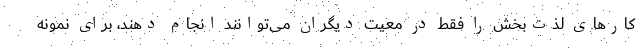
کار‌های لذت‌بخش را فقط در معیت دیگران می‌توانند انجام دهند، برای نمونه